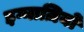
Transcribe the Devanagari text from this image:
इग्नाज़ियो